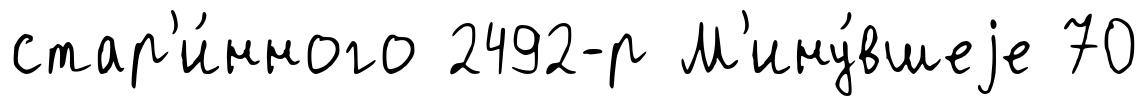
стар'и́нного 2492-р М'ину́вшеjе 70